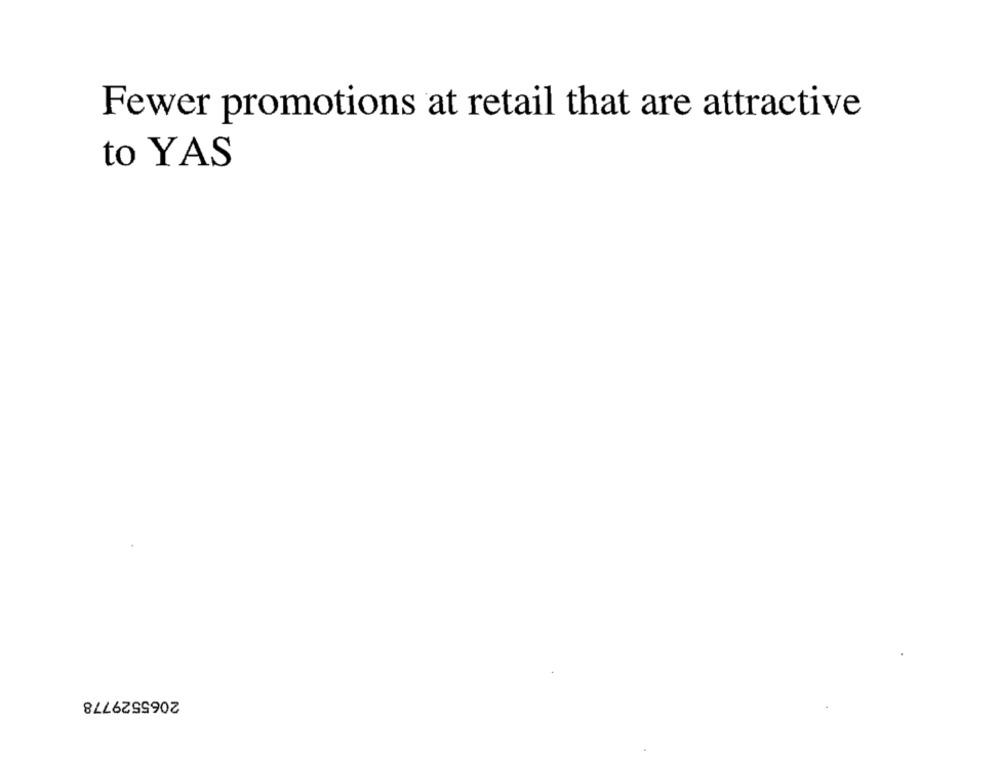
Fewer promotions at retail that are attractive
to YAS
2065529778